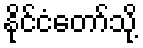
နိုင်ငံတော်သို့